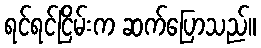
ရင်ရင်ငြိမ်းက ဆက်ပြောသည်။